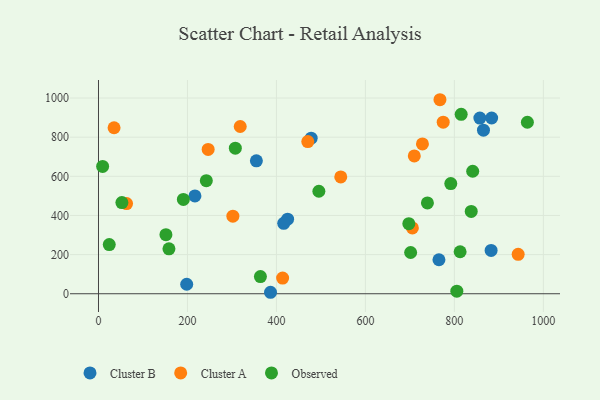
{"axis": {"x": "Speed", "y": "Profit"}, "legend": ["Cluster A", "Cluster B", "Observed"], "data": [{"x": "354.9", "y": 679.1, "type": "Cluster B"}, {"x": "865.4", "y": 835.6, "type": "Cluster B"}, {"x": "857.3", "y": 897.5, "type": "Cluster B"}, {"x": "386.7", "y": 7.5, "type": "Cluster B"}, {"x": "765.3", "y": 173.8, "type": "Cluster B"}, {"x": "882.6", "y": 221.2, "type": "Cluster B"}, {"x": "216.8", "y": 499.6, "type": "Cluster B"}, {"x": "883.8", "y": 897.9, "type": "Cluster B"}, {"x": "478.1", "y": 794.9, "type": "Cluster B"}, {"x": "198.3", "y": 48.6, "type": "Cluster B"}, {"x": "425.1", "y": 381.0, "type": "Cluster B"}, {"x": "416.4", "y": 359.8, "type": "Cluster B"}, {"x": "35.0", "y": 848.2, "type": "Cluster A"}, {"x": "943.4", "y": 201.2, "type": "Cluster A"}, {"x": "302.1", "y": 396.4, "type": "Cluster A"}, {"x": "318.6", "y": 854.5, "type": "Cluster A"}, {"x": "774.9", "y": 876.8, "type": "Cluster A"}, {"x": "705.6", "y": 336.1, "type": "Cluster A"}, {"x": "728.2", "y": 765.8, "type": "Cluster A"}, {"x": "413.9", "y": 80.2, "type": "Cluster A"}, {"x": "709.9", "y": 704.3, "type": "Cluster A"}, {"x": "470.5", "y": 777.6, "type": "Cluster A"}, {"x": "767.6", "y": 991.4, "type": "Cluster A"}, {"x": "63.1", "y": 460.8, "type": "Cluster A"}, {"x": "246.5", "y": 737.2, "type": "Cluster A"}, {"x": "544.6", "y": 596.9, "type": "Cluster A"}, {"x": "791.9", "y": 563.0, "type": "Observed"}, {"x": "697.6", "y": 357.9, "type": "Observed"}, {"x": "812.9", "y": 214.6, "type": "Observed"}, {"x": "151.6", "y": 301.9, "type": "Observed"}, {"x": "701.7", "y": 210.7, "type": "Observed"}, {"x": "242.4", "y": 577.8, "type": "Observed"}, {"x": "739.4", "y": 463.9, "type": "Observed"}, {"x": "495.4", "y": 523.7, "type": "Observed"}, {"x": "837.9", "y": 420.4, "type": "Observed"}, {"x": "9.3", "y": 650.4, "type": "Observed"}, {"x": "841.2", "y": 625.8, "type": "Observed"}, {"x": "964.1", "y": 876.2, "type": "Observed"}, {"x": "307.6", "y": 743.6, "type": "Observed"}, {"x": "190.8", "y": 481.8, "type": "Observed"}, {"x": "158.4", "y": 229.4, "type": "Observed"}, {"x": "364.0", "y": 87.9, "type": "Observed"}, {"x": "805.5", "y": 13.1, "type": "Observed"}, {"x": "24.2", "y": 251.1, "type": "Observed"}, {"x": "52.6", "y": 465.8, "type": "Observed"}, {"x": "815.3", "y": 916.9, "type": "Observed"}]}